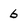
Character: 6